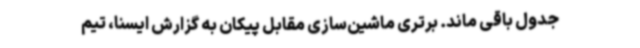
جدول باقی ماند. برتری ماشین‌سازی مقابل پیکان به گزارش ایسنا، تیم